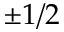
\pm 1 / 2